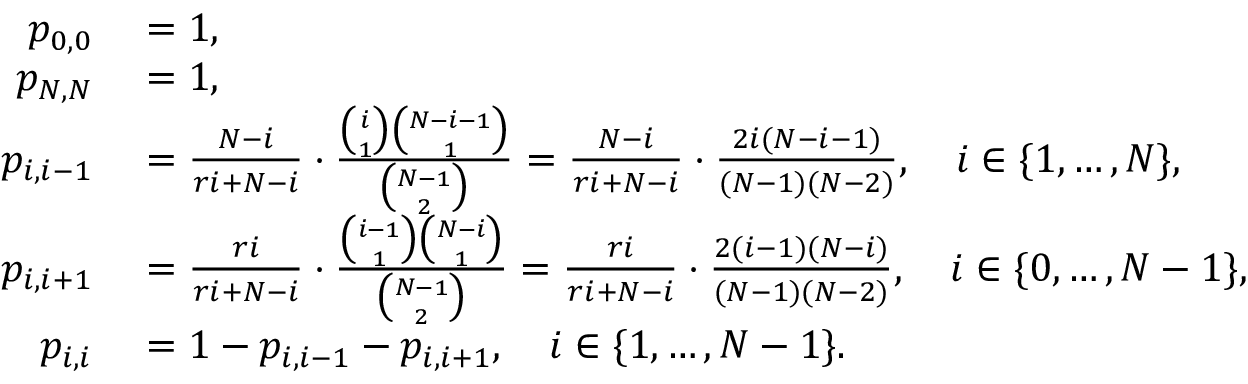
\begin{array} { r l } { p _ { 0 , 0 } } & { { } = 1 , } \\ { p _ { N , N } } & { { } = 1 , } \\ { p _ { i , i - 1 } } & { { } = \frac { N - i } { r i + N - i } \cdot \frac { \binom { i } { 1 } \binom { N - i - 1 } { 1 } } { \binom { N - 1 } { 2 } } = \frac { N - i } { r i + N - i } \cdot \frac { 2 i ( N - i - 1 ) } { ( N - 1 ) ( N - 2 ) } , \quad i \in \{ 1 , \ldots , N \} , } \\ { p _ { i , i + 1 } } & { { } = \frac { r i } { r i + N - i } \cdot \frac { \binom { i - 1 } { 1 } \binom { N - i } { 1 } } { \binom { N - 1 } { 2 } } = \frac { r i } { r i + N - i } \cdot \frac { 2 ( i - 1 ) ( N - i ) } { ( N - 1 ) ( N - 2 ) } , \quad i \in \{ 0 , \ldots , N - 1 \} , } \\ { p _ { i , i } } & { { } = 1 - p _ { i , i - 1 } - p _ { i , i + 1 } , \quad i \in \{ 1 , \ldots , N - 1 \} . } \end{array}